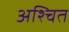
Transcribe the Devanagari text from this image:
अश्चित